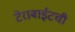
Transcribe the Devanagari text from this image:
टेराबाईटची